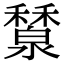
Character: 𥣤